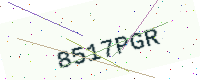
Text: 8517PGR